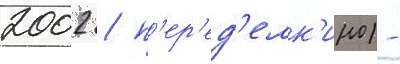
2002 / п'ер'ед'елк'ино) -